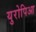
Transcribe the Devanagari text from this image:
युरोपिआ